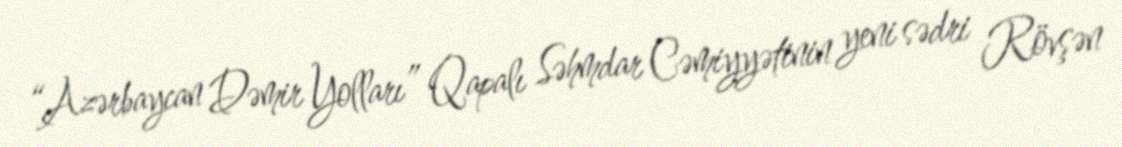
“Azərbaycan Dəmir Yolları” Qapalı Səhmdar Cəmiyyətinin yeni sədri Rövşən